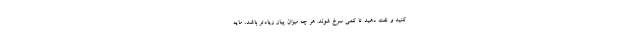
کنید و تفت دهید تا کمی سرخ شوند. هر چه میزان پیاز زیادتر باشد، مایه